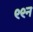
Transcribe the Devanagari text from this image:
९९न